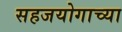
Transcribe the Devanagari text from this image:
सहजयोगाच्या